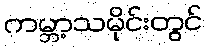
ကမ္ဘာ့သမိုင်းတွင်